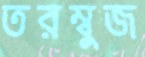
তরম্বুজ